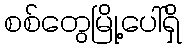
စစ်တွေမြို့ပေါ်ရှိ